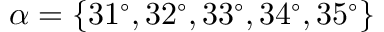
\alpha = \{ 3 1 ^ { \circ } , 3 2 ^ { \circ } , 3 3 ^ { \circ } , 3 4 ^ { \circ } , 3 5 ^ { \circ } \}